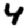
Digit: 4